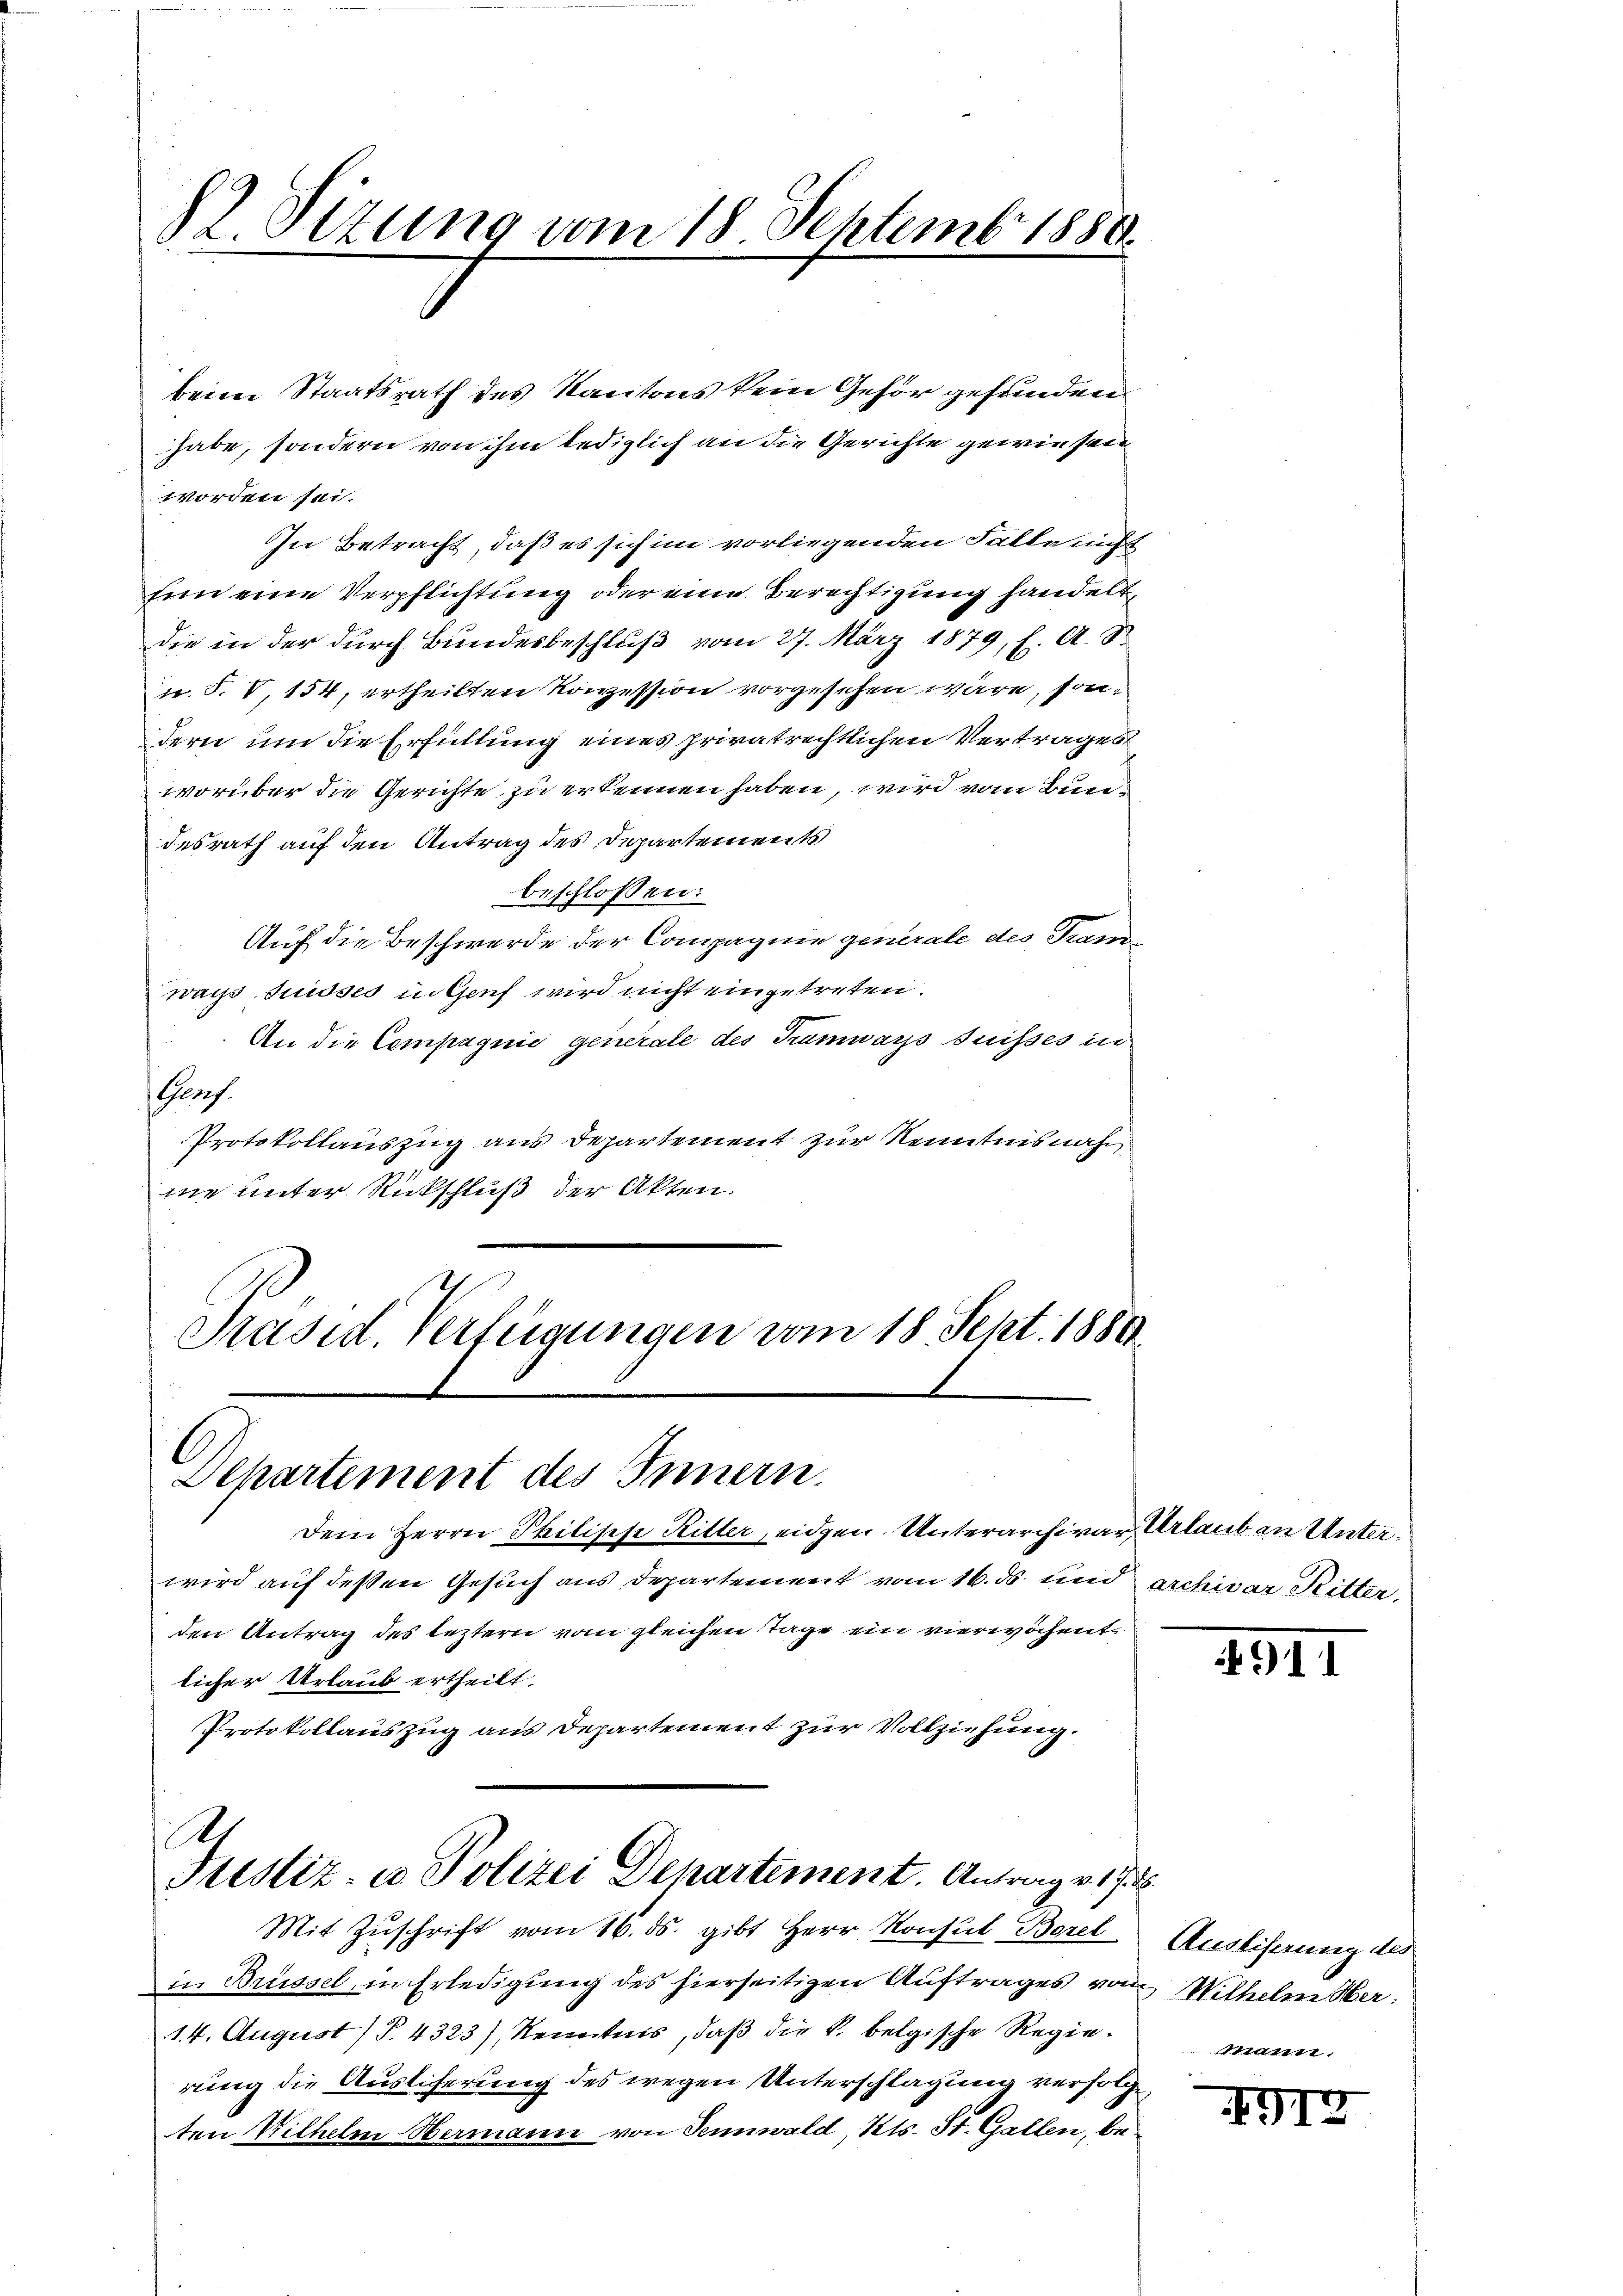
82. Sezung vom 18. Septembr 1889.

keim Staatsrath des Kantons kein Gehör gefunden
habe, sondern von ihm lediglich an die Gerichte gewiesen
worden sei.
In Betracht, daß es sich in vorliegenden Falle nicht
Enn eine Verpflichtung oder eine Berechtigung handeltdie in der durch Bundesbeschluß vom 27. März 1879, f. A. S.
u. S. V, 154, ertheilten Konzession vorgesehen wäre, sondern um die Erfüllung eines privatrechtlichen Vertrages
worüber die Gerichte zu erkennen haben, wird vom Bundesrath auf den Antrag des Departement
beschlossen:
Auf die Beschwerde der Compagnie generale des Tramways Suisses in Genf wird nicht eingetreten.
An die Compagnie generale des Trümways Suisses in
Graf.
Protokollauszug aus Departement zur Kenntnisnahm
me unter Rückschluß der Akten.
Präsid. Verfügungen vom 18 Sept. 1880

Departement des Innern.
Dem Herrn Philische Ritter, eidgen. Unterarchivar Urlaub an Unter¬

wird auf deßen Gesuch aus Departement vom 16. ds. und archivar Ritter,
den Antrag des leztern vom gleichen Tage ein vierwöchent
licher Urlaub ertheilt.
Protokollauszug aus Departement zur Vollziehung.

Ar
Justiz- u Polizei Departement. Antrag v. 17. d.

Mit Zuschrift vom 16. ds. gibt Herr Konsul Borel
in Brüssel, in Erledigung des hierseitigen Auftrages von Wilhelm Ober¬
14. August (T. 4323), Kenntnis, daß die k. belgische Regierung die Auslieferung des wegen Unterschlagung verfolge
ten Wilhelm Hermann von Sennwald, Kts. St. Gallen, be¬

911

Ausliserung des
Mann,

913